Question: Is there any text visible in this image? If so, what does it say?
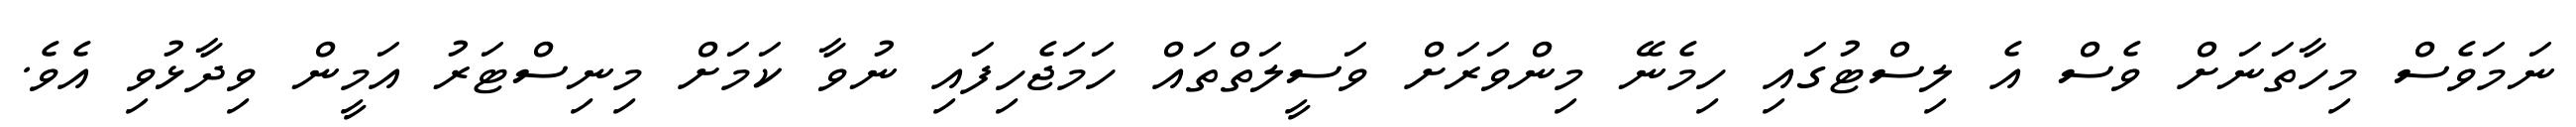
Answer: ނަމަވެސް މިހާތަނަށް ވެސް އެ ލިސްޓުގައި ހިމެނޭ މިންވަރަށް ވަސީލަތްތައް ހަމަޖެހިފައި ނުވާ ކަމަށް މިނިސްޓަރު އަމީން ވިދާޅުވި އެވެ.